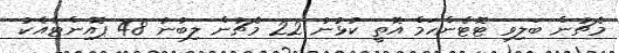
މެޗުން ބަލިވި ޓޮޓެންހަމް އޮތީ ކުޅުނު 22 މެޗުން ލިބުނު 48 ޕޮއިންޓާއެކު